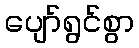
ပျော်ရွင်စွာ